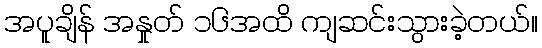
အပူချိန် အနှုတ် ၁၆အထိ ကျဆင်းသွားခဲ့တယ်။